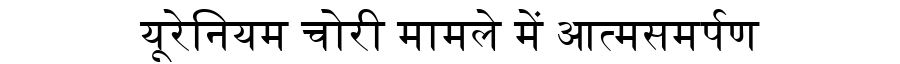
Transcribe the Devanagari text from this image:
यूरेनियम चोरी मामले में आत्मसमर्पण